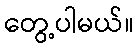
တွေ့ပါမယ်။